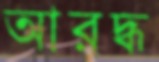
আরদ্ধ